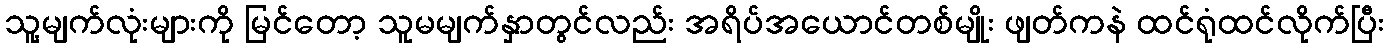
သူ့မျက်လုံးများကို မြင်တော့ သူမမျက်နှာတွင်လည်း အရိပ်အယောင်တစ်မျိုး ဖျတ်ကနဲ ထင်ရုံထင်လိုက်ပြီး